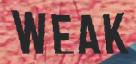
WEAK